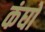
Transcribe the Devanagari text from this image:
कंघों